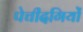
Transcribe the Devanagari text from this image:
पेचीदगियों